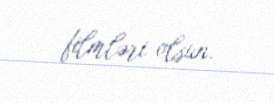
filmləri olsun.